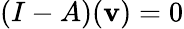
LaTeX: (I-A)(\mathbf{v})=0